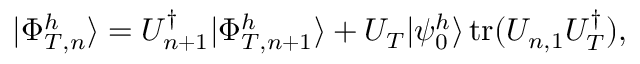
| \Phi _ { T , n } ^ { h } \rangle = U _ { n + 1 } ^ { \dagger } | \Phi _ { T , n + 1 } ^ { h } \rangle + U _ { T } | \psi _ { 0 } ^ { h } \rangle \operatorname { t r } ( U _ { n , 1 } U _ { T } ^ { \dagger } ) ,